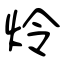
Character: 炩